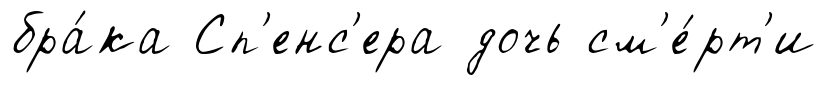
бра́ка Сп'енс'ера дочь см'е́рт'и